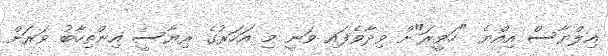
އިލްޔާސް އިއްޔެ "ހަވީރަ"ށް ވިދާވެފައި ވަނީ މި އަހަރުގެ ރިޔާސީ އިންތިހާބު ވަރަށް